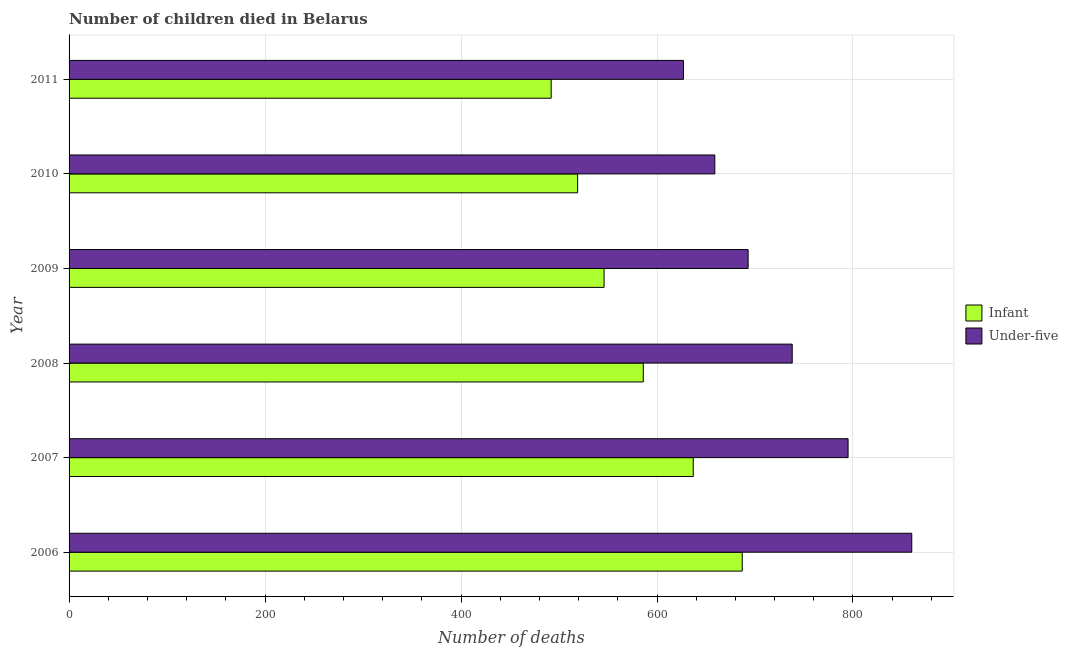
| Year | Infant | Under-five |
 | --- | --- | --- |
 | 2006 | 687 | 860 |
 | 2007 | 637 | 795 |
 | 2008 | 586 | 738 |
 | 2009 | 546 | 693 |
 | 2010 | 519 | 659 |
 | 2011 | 492 | 627 |